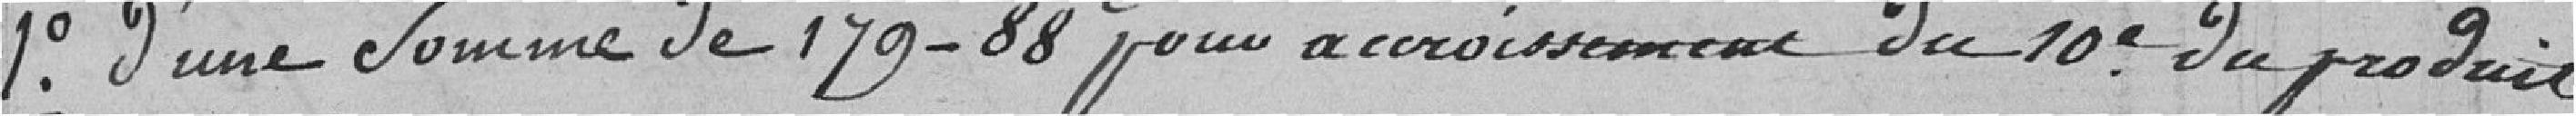
1° D'une somme de 179-88 pour accroissement du dixième du produit